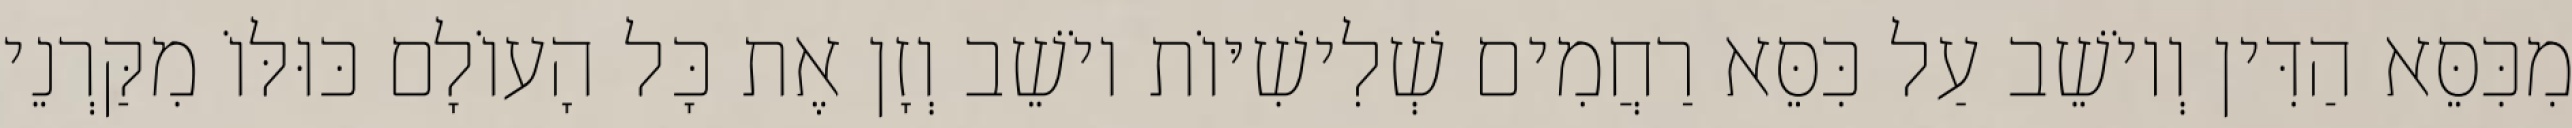
מִכִּסֵּא הַדִּין וְיוֹשֵׁב עַל כִּסֵּא רַחֲמִים שְׁלִישִׁיּוֹת יוֹשֵׁב וְזָן אֶת כָּל הָעוֹלָם כּוּלּוֹ מִקַּרְנֵי